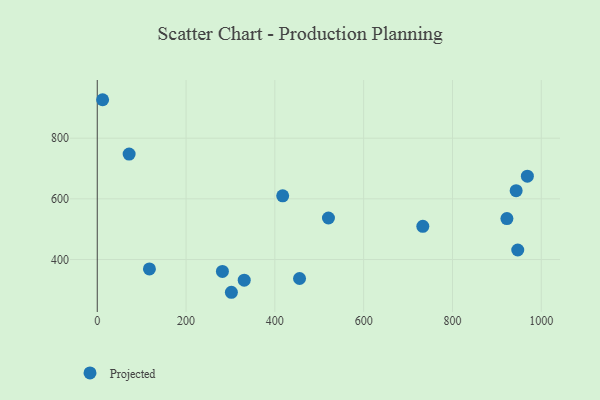
{"axis": {"x": "Speed", "y": "Exam Score"}, "legend": ["Projected"], "data": [{"x": "117.5", "y": 369.1, "type": "Projected"}, {"x": "71.8", "y": 747.5, "type": "Projected"}, {"x": "733.2", "y": 509.5, "type": "Projected"}, {"x": "12.1", "y": 926.8, "type": "Projected"}, {"x": "281.9", "y": 360.9, "type": "Projected"}, {"x": "943.4", "y": 626.9, "type": "Projected"}, {"x": "968.7", "y": 674.7, "type": "Projected"}, {"x": "922.6", "y": 535.0, "type": "Projected"}, {"x": "302.1", "y": 292.1, "type": "Projected"}, {"x": "417.6", "y": 610.0, "type": "Projected"}, {"x": "331.0", "y": 332.1, "type": "Projected"}, {"x": "947.0", "y": 431.4, "type": "Projected"}, {"x": "455.6", "y": 337.5, "type": "Projected"}, {"x": "520.7", "y": 537.0, "type": "Projected"}]}